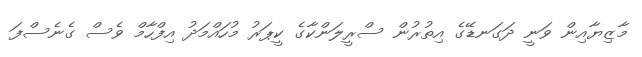
މާޒިޔާއިން ވަނީ ދަގަނޑޭގެ އިތުރުން ސްރީލަންކާގެ ކީޕަރު މުހައްމަދު އިފްހާމް ވެސް ގެނެސްފަ